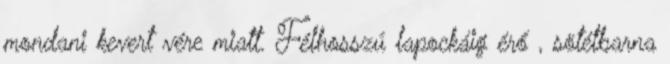
mondani kevert vére miatt. Félhosszú lapockáig érő , sötétbarna